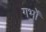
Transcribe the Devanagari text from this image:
गर्भों